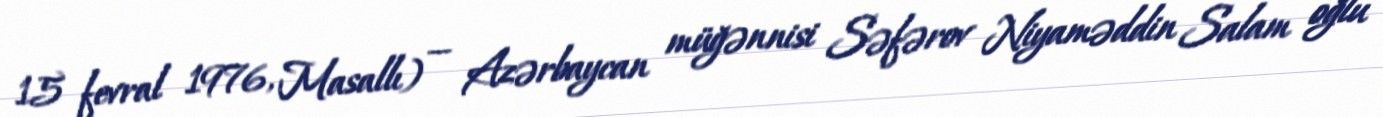
15 fevral 1976, Masallı) — Azərbaycan müğənnisi Səfərov Niyaməddin Salam oğlu